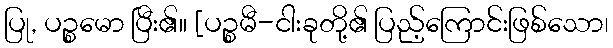
ပြု, ပဉ္စမော ပြီး၏။ [ပဉ္စမီ-ငါးခုတို့၏ ပြည့်ကြောင်းဖြစ်သော၊